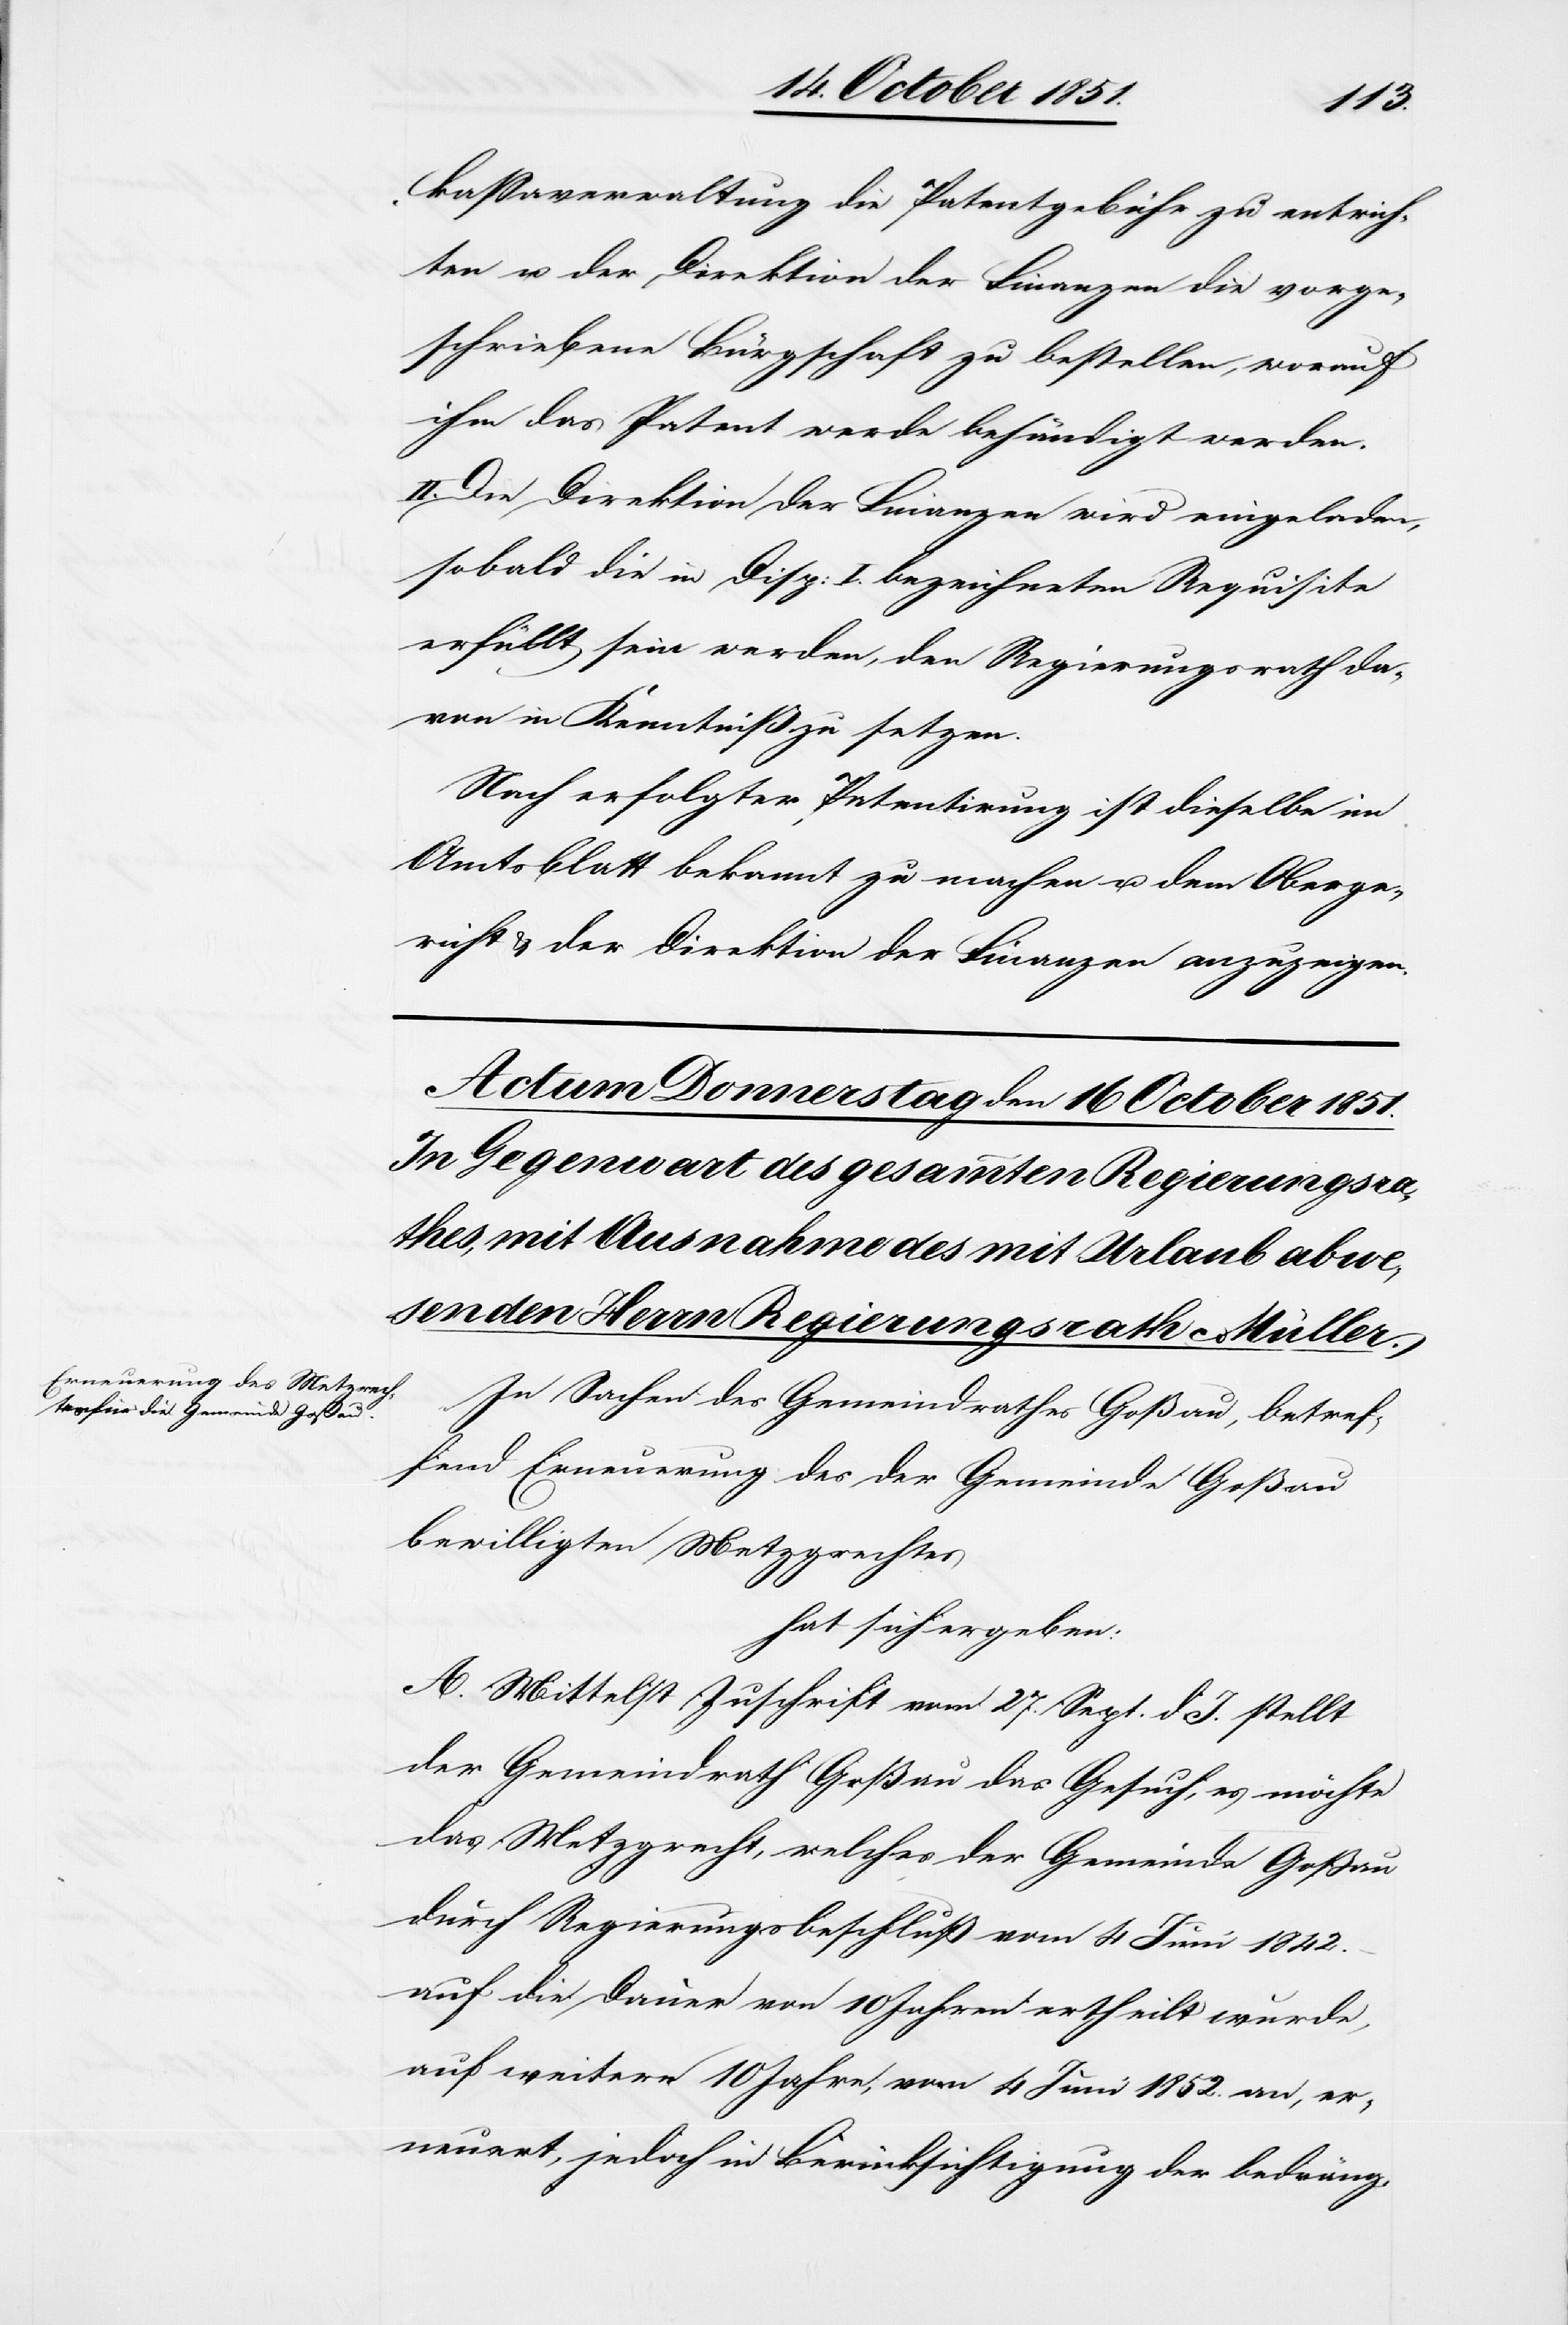
kassaverwaltung die Patentgebühr zu entrich¬
ten u. der Direktion der Finanzen die vorge¬
schriebene Bürgschaft zu bestellen, worauf
ihm das Patent werde behändigt werden.
II. Die Direktion der Finanzen wird eingeladen,
sobald die in Disp: I. bezeichneten Requisite
erfüllt sein werden, den Regierungsrath da¬
von in Kenntniß zu setzen.
Nach erfolgter Patentirung ist dieselbe im
Amtsblatt bekannt zu machen u. dem Oberge¬
richt & der Direktion der Finanzen anzuzeigen.
In Sachen des Gemeindrathes Goßau, betref¬
fend Erneuerung des der Gemeinde Goßau
bewilligten Metzgrechtes
hat sich ergeben:
A. Mittelst Zuschrift vom 27. Sept. d. J. stellt
der Gemeindrath Goßau das Gesuch, es möchte
das Metzgrecht, welches der Gemeinde Goßau
durch Regierungsbeschluß vom 4 Juni 1842.
auf die Dauer von 10 Jahren ertheilt wurde,
auf weitere 10 Jahre, vom 4 Juni 1852. an, er¬
neuert, jedoch in Berücksichtigung der bedräng-